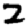
Digit: 2